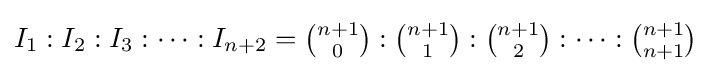
I_{1}:I_{2}:I_{3}:\cdots :I_{n+2}={\tbinom {n+1}{0}}:{\tbinom {n+1}{1}}:{\tbinom {n+1}{2}}:\cdots :{\tbinom {n+1}{n+1}}